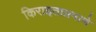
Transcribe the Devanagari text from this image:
किराइताप्रमाणे